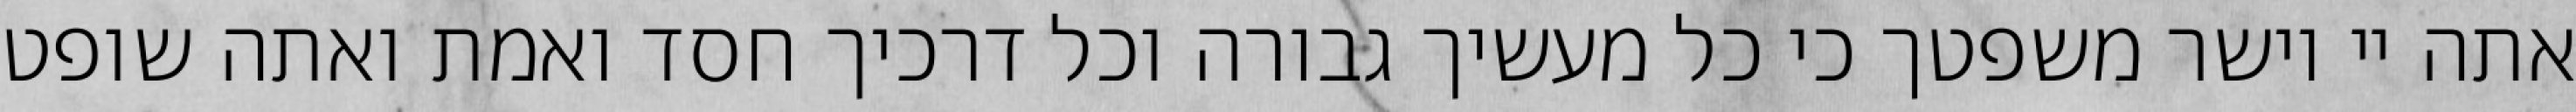
אתה יי וישר משפטך כי כל מעשיך גבורה וכל דרכיך חסד ואמת ואתה שופט